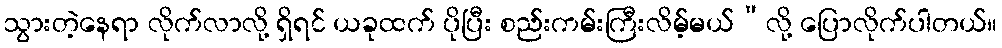
သွားတဲ့နေရာ လိုက်လာလို့ ရှိရင် ယခုထက် ပိုပြီး စည်းကမ်းကြီးလိမ့်မယ်”လို့ ပြောလိုက်ပါတယ်။